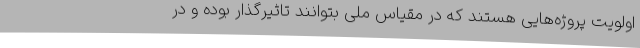
اولویت پروژه‌هایی هستند که در مقیاس ملی بتوانند تاثیرگذار بوده و در